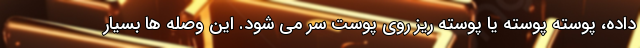
داده، پوسته پوسته یا پوسته ریز روی پوست سر می شود. این وصله ها بسیار